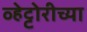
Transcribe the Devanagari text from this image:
व्हेट्टोरीच्या